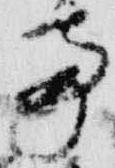
亭